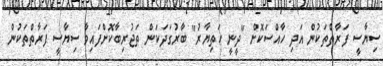
ސިޔާސީ ފަރާތްތަކުން އަދި ހާއްސަކޮށް "ދީނީ ހަތިޔާރު" ބާރުގަދަކަން ތަޖުރިބާކޮށްފައިވާ ސިޔާސީ ފަރާތްތަކުން